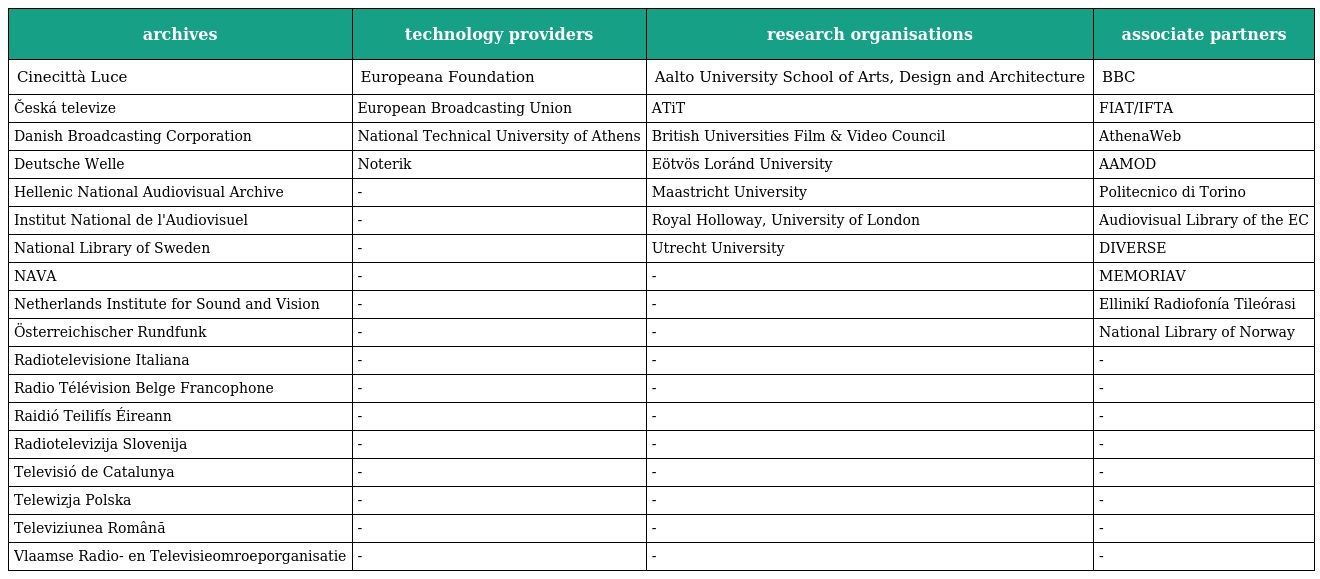
| archives | technology providers | research organisations | associate partners |
 | --- | --- | --- | --- |
 | Cinecittà Luce | Europeana Foundation | Aalto University School of Arts, Design and Architecture | BBC |
 | Česká televize | European Broadcasting Union | ATiT | FIAT/IFTA |
 | Danish Broadcasting Corporation | National Technical University of Athens | British Universities Film & Video Council | AthenaWeb |
 | Deutsche Welle | Noterik | Eötvös Loránd University | AAMOD |
 | Hellenic National Audiovisual Archive | - | Maastricht University | Politecnico di Torino |
 | Institut National de l'Audiovisuel | - | Royal Holloway, University of London | Audiovisual Library of the EC |
 | National Library of Sweden | - | Utrecht University | DIVERSE |
 | NAVA | - | - | MEMORIAV |
 | Netherlands Institute for Sound and Vision | - | - | Ellinikí Radiofonía Tileórasi |
 | Österreichischer Rundfunk | - | - | National Library of Norway |
 | Radiotelevisione Italiana | - | - | - |
 | Radio Télévision Belge Francophone | - | - | - |
 | Raidió Teilifís Éireann | - | - | - |
 | Radiotelevizija Slovenija | - | - | - |
 | Televisió de Catalunya | - | - | - |
 | Telewizja Polska | - | - | - |
 | Televiziunea Română | - | - | - |
 | Vlaamse Radio- en Televisieomroeporganisatie | - | - | - |